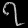
Digit: ၇